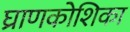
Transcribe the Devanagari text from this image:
घ्राणकोशिका